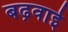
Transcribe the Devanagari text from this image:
बढ़वाई